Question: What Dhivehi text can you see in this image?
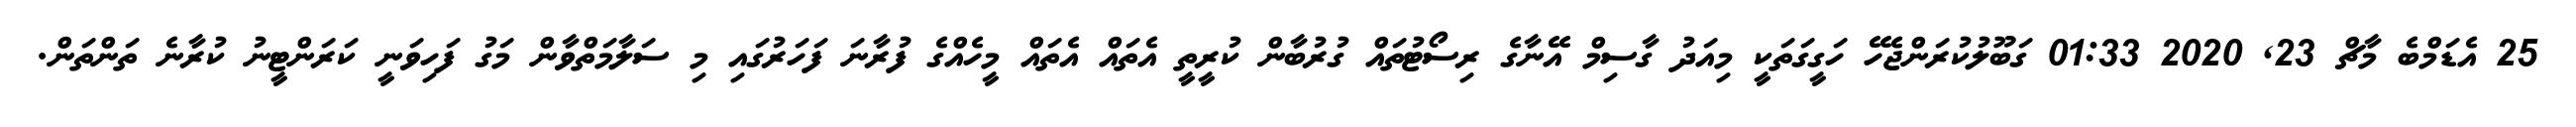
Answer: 25 އެޑަމްބެ މާޗް 23, 2020 01:33 ގަބޫލުކުރަންޖެހޭ ހަގީގަތަކީ މިއަދު ގާސިމް އޭނާގެ ރިސޯޓުތައް ގުރުބާން ކުރީތީ އެތައް އެތައް މީހެއްގެ ފުރާނަ ފަހަރުގައި މި ސަލާމަތްވާން މަގު ފަހިވަނީ ކަރަންޓީނު ކުރާނެ ތަންތަން.